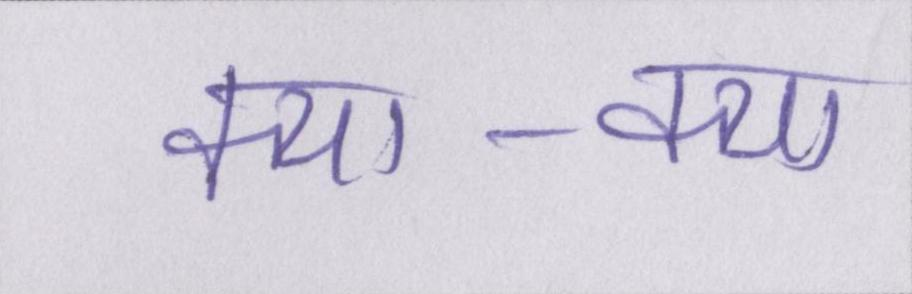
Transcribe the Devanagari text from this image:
क्या-क्या